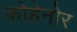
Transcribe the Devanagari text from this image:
कोहेनोर